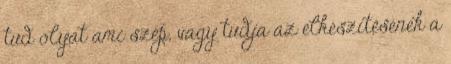
tud olyat ami szép, vagy tudja az elkészítésének a